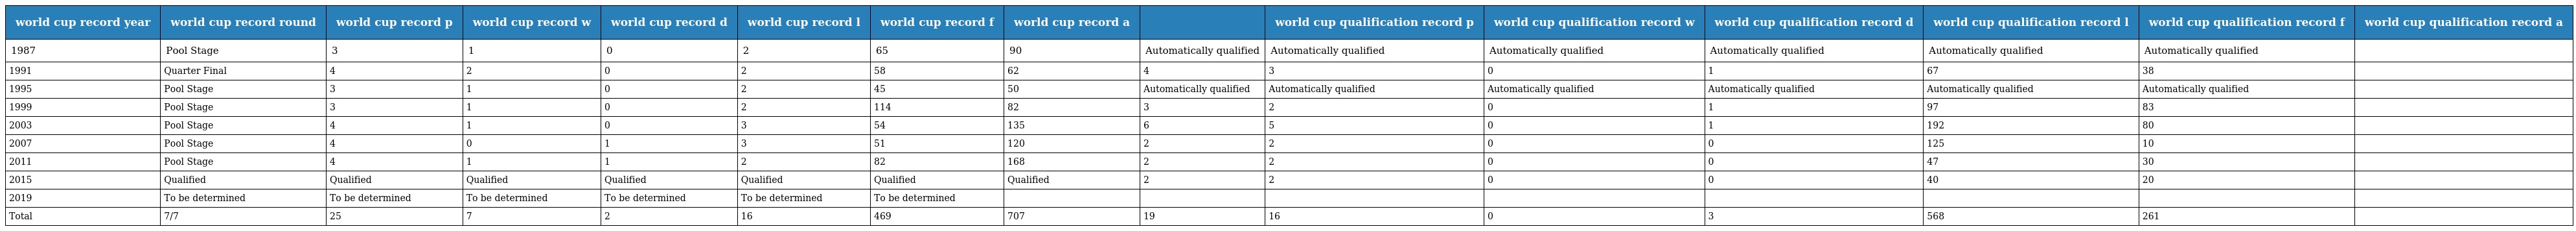
| world cup record year | world cup record round | world cup record p | world cup record w | world cup record d | world cup record l | world cup record f | world cup record a |  | world cup qualification record p | world cup qualification record w | world cup qualification record d | world cup qualification record l | world cup qualification record f | world cup qualification record a |
 | --- | --- | --- | --- | --- | --- | --- | --- | --- | --- | --- | --- | --- | --- | --- |
 | 1987 | Pool Stage | 3 | 1 | 0 | 2 | 65 | 90 | Automatically qualified | Automatically qualified | Automatically qualified | Automatically qualified | Automatically qualified | Automatically qualified |  |
 | 1991 | Quarter Final | 4 | 2 | 0 | 2 | 58 | 62 | 4 | 3 | 0 | 1 | 67 | 38 |  |
 | 1995 | Pool Stage | 3 | 1 | 0 | 2 | 45 | 50 | Automatically qualified | Automatically qualified | Automatically qualified | Automatically qualified | Automatically qualified | Automatically qualified |  |
 | 1999 | Pool Stage | 3 | 1 | 0 | 2 | 114 | 82 | 3 | 2 | 0 | 1 | 97 | 83 |  |
 | 2003 | Pool Stage | 4 | 1 | 0 | 3 | 54 | 135 | 6 | 5 | 0 | 1 | 192 | 80 |  |
 | 2007 | Pool Stage | 4 | 0 | 1 | 3 | 51 | 120 | 2 | 2 | 0 | 0 | 125 | 10 |  |
 | 2011 | Pool Stage | 4 | 1 | 1 | 2 | 82 | 168 | 2 | 2 | 0 | 0 | 47 | 30 |  |
 | 2015 | Qualified | Qualified | Qualified | Qualified | Qualified | Qualified | Qualified | 2 | 2 | 0 | 0 | 40 | 20 |  |
 | 2019 | To be determined | To be determined | To be determined | To be determined | To be determined | To be determined |  |  |  |  |  |  |  |  |
 | Total | 7/7 | 25 | 7 | 2 | 16 | 469 | 707 | 19 | 16 | 0 | 3 | 568 | 261 |  |